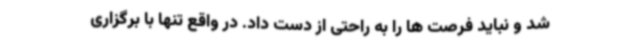
شد و نباید فرصت ها را به راحتی از دست داد. در واقع تنها با برگزاری